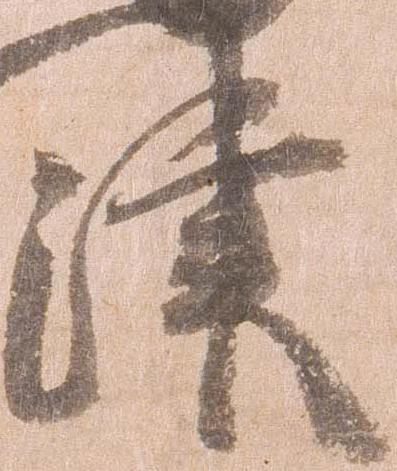
津